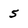
Character: 5